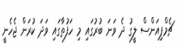
ޗެމްޕިއަންސް ލީގު ދެ ވަނަ ބުރުގައި މި ހަފުތާގައި ވަދަ ކުރަން ޖެހެނީ